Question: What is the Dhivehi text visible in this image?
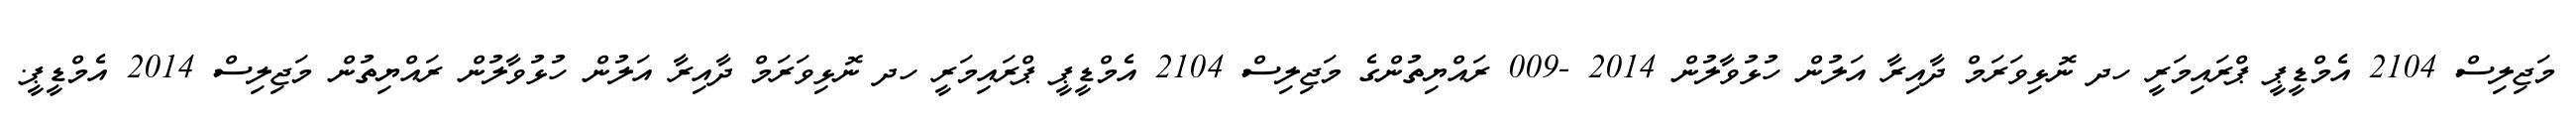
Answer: މަޖިލިސް 2104 އެމްޑީޕީ ޕްރައިމަރީ ހދ ނޮޅިވަރަމް ދާއިރާ އަލުން ހުޅުވާލުން 2014 -009 ރައްޔިތުންގެ މަޖިލިސް 2104 އެމްޑީޕީ ޕްރައިމަރީ ހދ ނޮޅިވަރަމް ދާއިރާ އަލުން ހުޅުވާލުން ރައްޔިތުން މަޖިލިސް 2014 އެމްޑީޕީ.